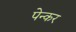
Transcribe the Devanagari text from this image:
पेन्कर